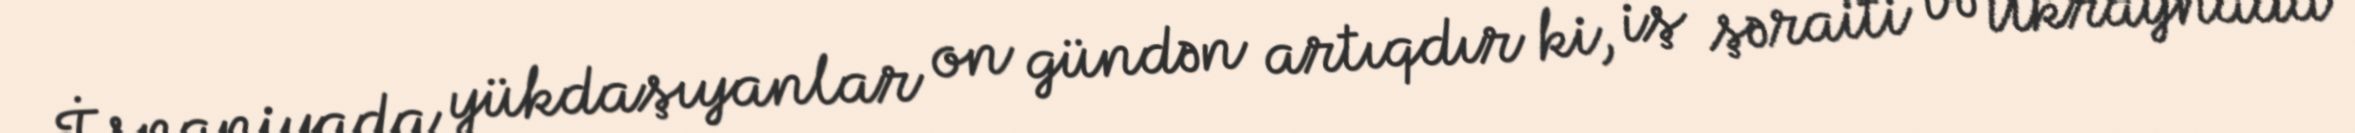
İspaniyada yükdaşıyanlar on gündən artıqdır ki, iş şəraiti və Ukraynada